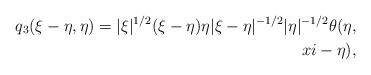
LaTeX: \begin{align*}q_3(\xi-\eta, \eta) = |\xi|^{1/2} (\xi-\eta)\eta |\xi-\eta|^{-1/2} |\eta|^{-1/2} \theta(\eta,\\xi-\eta),\end{align*}